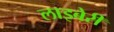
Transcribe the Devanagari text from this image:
लाइबेरी